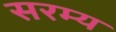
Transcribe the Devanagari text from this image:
सरम्य